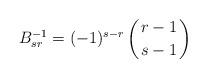
LaTeX: \begin{align*}B^{-1}_{sr} = (-1)^{s-r} \left(r-1 \atop{s-1} \right)\end{align*}